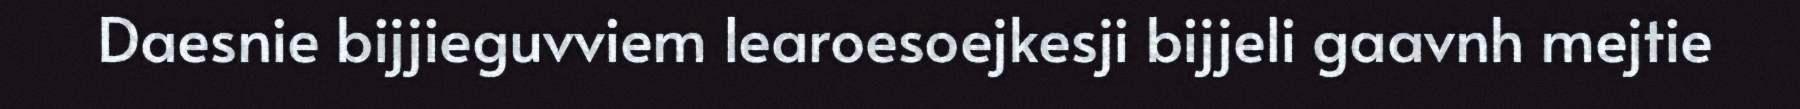
Daesnie bijjieguvviem learoesoejkesji bijjeli gaavnh mejtie